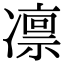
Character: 凛